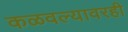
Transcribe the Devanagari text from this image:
कळवल्यावरही